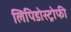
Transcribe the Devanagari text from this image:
लिपिडोस्ट्रोफी